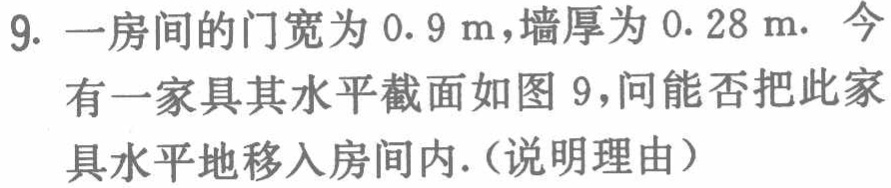
9. 一房间的门宽为 \(0.9\mathrm{m}\)，墙厚为 \(0.28\mathrm{m}\). 今
有一家具其水平截面如图 9，问能否把此家
具水平地移入房间内.（说明理由）